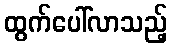
ထွက်ပေါ်လာသည့်